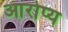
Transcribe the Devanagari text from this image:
आरोप्य